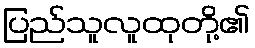
ပြည်သူလူထုတို့၏